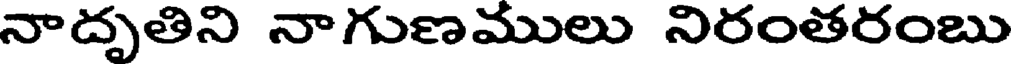
నాదృతిని నాగుణములు నిరంతరంబు